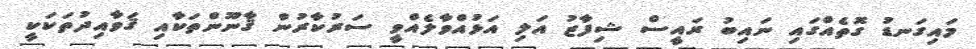
މައިގަނޑު ގޮތެއްގައި ނައިބު ރައީސް ޝިފާޒު އަލި އަޅުއްވާލެއްވީ ސަރުކާރުން ޤާނޫންތަކާއި ޤަވާއިދުތަކަކީ